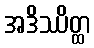
အဒိဿိတ္ထ